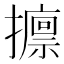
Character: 𱡀